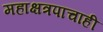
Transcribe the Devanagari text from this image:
महाक्षत्रपाचाही